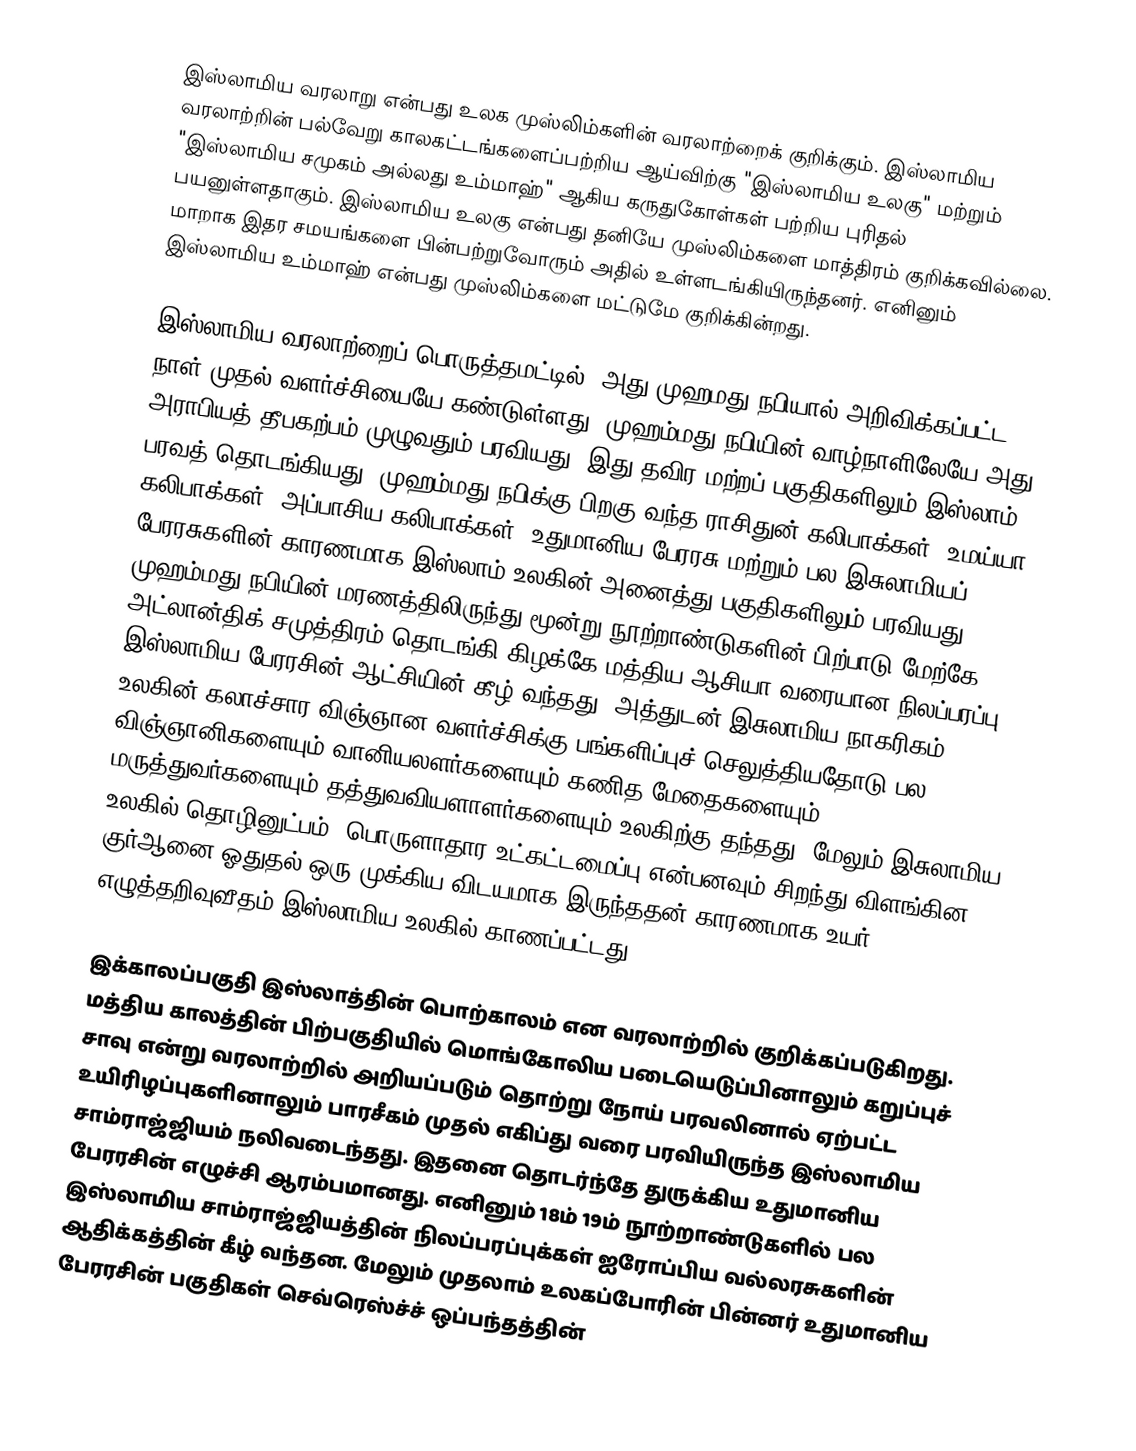
இஸ்லாமிய வரலாறு என்பது உலக முஸ்லிம்களின் வரலாற்றைக் குறிக்கும். இஸ்லாமிய வரலாற்றின் பல்வேறு காலகட்டங்களைப்பற்றிய ஆய்விற்கு "இஸ்லாமிய உலகு" மற்றும் "இஸ்லாமிய சமுகம் அல்லது உம்மாஹ்" ஆகிய கருதுகோள்கள் பற்றிய புரிதல் பயனுள்ளதாகும். இஸ்லாமிய உலகு என்பது தனியே முஸ்லிம்களை மாத்திரம் குறிக்கவில்லை. மாறாக இதர சமயங்களை பின்பற்றுவோரும் அதில் உள்ளடங்கியிருந்தனர். எனினும் இஸ்லாமிய உம்மாஹ் என்பது முஸ்லிம்களை மட்டுமே குறிக்கின்றது.

இஸ்லாமிய வரலாற்றைப் பொருத்தமட்டில், அது முஹமது நபியால் அறிவிக்கப்பட்ட நாள் முதல் வளர்ச்சியையே கண்டுள்ளது. முஹம்மது நபியின் வாழ்நாளிலேயே அது அராபியத் தீபகற்பம் முழுவதும் பரவியது. இது தவிர மற்றப் பகுதிகளிலும் இஸ்லாம் பரவத் தொடங்கியது. முஹம்மது நபிக்கு பிறகு வந்த ராசிதுன் கலிபாக்கள், உமய்யா கலிபாக்கள், அப்பாசிய கலிபாக்கள், உதுமானிய பேரரசு மற்றும் பல இசுலாமியப் பேரரசுகளின் காரணமாக இஸ்லாம் உலகின் அனைத்து பகுதிகளிலும் பரவியது. முஹம்மது நபியின் மரணத்திலிருந்து மூன்று நூற்றாண்டுகளின் பிற்பாடு மேற்கே அட்லான்திக் சமுத்திரம் தொடங்கி கிழக்கே மத்திய ஆசியா வரையான நிலப்பரப்பு இஸ்லாமிய பேரரசின் ஆட்சியின் கீழ் வந்தது. அத்துடன் இசுலாமிய நாகரிகம் உலகின் கலாச்சார விஞ்ஞான வளர்ச்சிக்கு பங்களிப்புச் செலுத்தியதோடு பல விஞ்ஞானிகளையும் வானியலளர்களையும் கணித மேதைகளையும் மருத்துவர்களையும் தத்துவவியளாளர்களையும் உலகிற்கு தந்தது. மேலும் இசுலாமிய உலகில் தொழினுட்பம், பொருளாதார உட்கட்டமைப்பு என்பனவும் சிறந்து விளங்கின. குர்ஆனை ஓதுதல் ஒரு முக்கிய விடயமாக இருந்ததன் காரணமாக உயர் எழுத்தறிவுவீதம் இஸ்லாமிய உலகில் காணப்பட்டது.

இக்காலப்பகுதி இஸ்லாத்தின் பொற்காலம் என வரலாற்றில் குறிக்கப்படுகிறது. மத்திய காலத்தின் பிற்பகுதியில் மொங்கோலிய படையெடுப்பினாலும் கறுப்புச் சாவு என்று வரலாற்றில் அறியப்படும் தொற்று நோய் பரவலினால் ஏற்பட்ட உயிரிழப்புகளினாலும் பாரசீகம் முதல் எகிப்து வரை பரவியிருந்த இஸ்லாமிய சாம்ராஜ்ஜியம் நலிவடைந்தது. இதனை தொடர்ந்தே துருக்கிய உதுமானிய பேரரசின் எழுச்சி ஆரம்பமானது. எனினும் 18ம் 19ம் நூற்றாண்டுகளில் பல இஸ்லாமிய சாம்ராஜ்ஜியத்தின் நிலப்பரப்புக்கள் ஐரோப்பிய வல்லரசுகளின் ஆதிக்கத்தின் கீழ் வந்தன. மேலும் முதலாம் உலகப்போரின் பின்னர் உதுமானிய பேரரசின் பகுதிகள் செவ்ரெஸ்ச்ச் ஒப்பந்தத்தின்